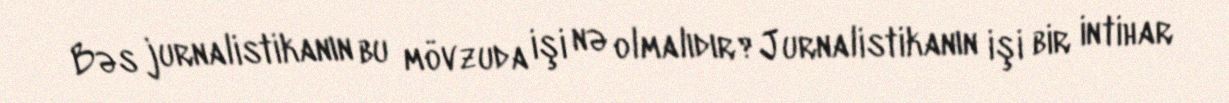
Bəs jurnalistikanın bu mövzuda işi nə olmalıdır?Jurnalistikanın işi bir intihar